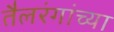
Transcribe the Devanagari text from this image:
तैलरंगांच्या